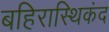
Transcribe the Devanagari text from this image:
बहिरास्थिकंद